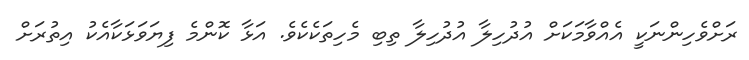
ރަށްވެހިންނަކީ އެއްވާމަކަށް އުދުހިލާ އުދުހިލާ ތިބި މެހިތަކެކެވެ. އަޅާ ކޮންމެ ފިޔަވަޅަކާއެކު އިތުރަށް